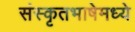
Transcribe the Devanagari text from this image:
संस्कृतभाषेमध्ये